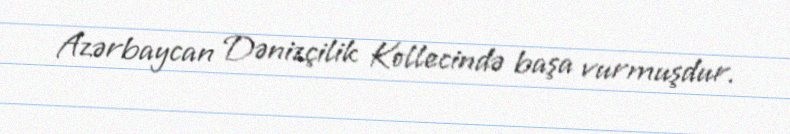
Azərbaycan Dənizçilik Kollecində başa vurmuşdur.